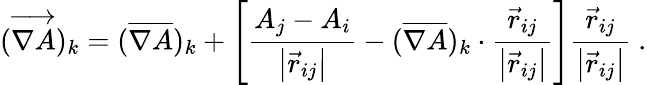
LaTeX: (\overrightarrow{\nabla A})_{k}=(\overline{{\nabla A}})_{k}+\left[\frac{A_{j}-A_{i}}{\left|\vec{r}_{ij}\right|}-(\overline{{\nabla A}})_{k}\cdot\frac{\vec{r}_{ij}}{\left|\vec{r}_{ij}\right|}\right]\frac{\vec{r}_{ij}}{\left|\vec{r}_{ij}\right|}\mathrm{~.}